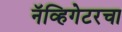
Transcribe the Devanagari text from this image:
नॅव्हिगेटरचा